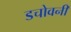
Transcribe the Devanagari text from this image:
डचोवनी